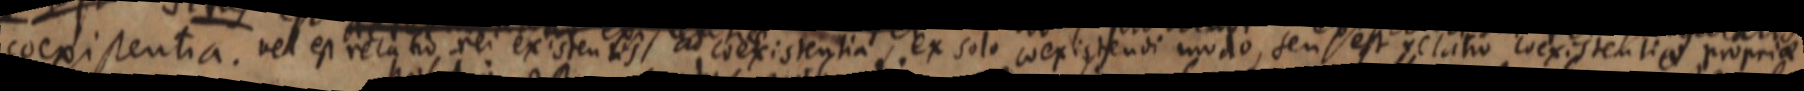
coexistentia. vel est relatio rei existentis coexistentia, ex solo coexistendi modo seu est relatio coexistentiae propriae